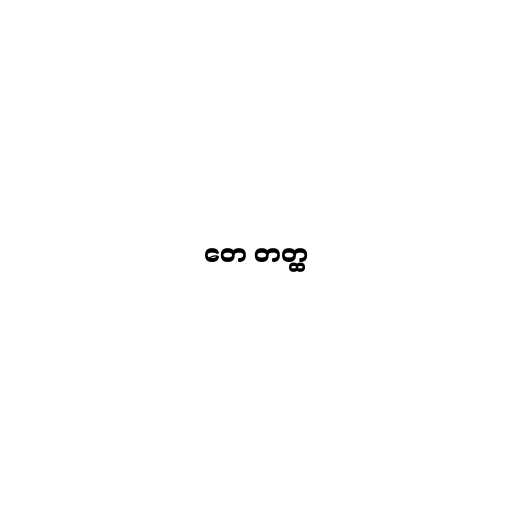
တေ တတ္ထ